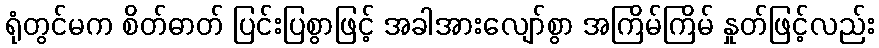
ရုံတွင်မက စိတ်ဓာတ် ပြင်းပြစွာဖြင့် အခါအားလျော်စွာ အကြိမ်ကြိမ် နှုတ်ဖြင့်လည်း